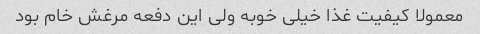
معمولا کیفیت غذا خیلی خوبه ولی این دفعه مرغش خام بود